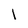
Character: l